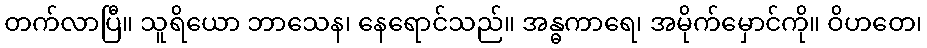
တက်လာပြီ။ သူရိယော ဘာသေန၊ နေရောင်သည်။ အန္ဓကာရေ၊ အမိုက်မှောင်ကို။ ဝိဟတေ၊